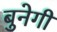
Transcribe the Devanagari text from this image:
बुनेगी